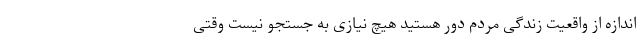
اندازه از واقعیت زندگی مردم دور هستید هیچ نیازی به جستجو نیست وقتی